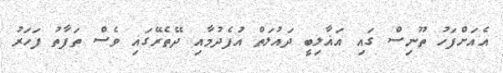
އެއަށްފަހު ތޫނިސް ގައި އަޣާލިބީ ދައުލަތް އުފެދުމާއި ދޭތެރޭގައި ވެސް ތަފާތު ފަހަރު